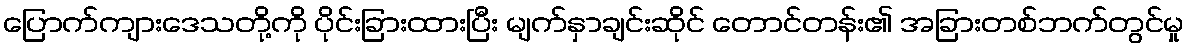
ပြောက်ကျားဒေသတို့ကို ပိုင်းခြားထားပြီး မျက်နှာချင်းဆိုင် တောင်တန်း၏ အခြားတစ်ဘက်တွင်မှု